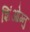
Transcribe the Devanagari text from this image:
शिंओग्नु